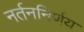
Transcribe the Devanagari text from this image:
नर्तननिर्णय